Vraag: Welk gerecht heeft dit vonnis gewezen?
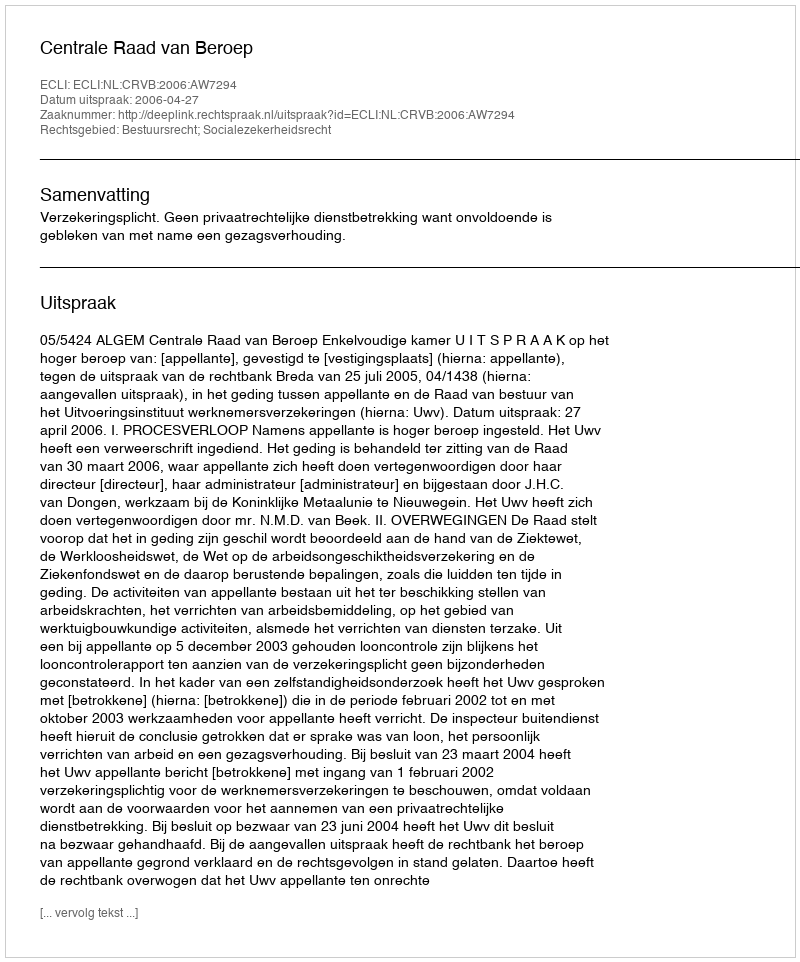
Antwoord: Centrale Raad van Beroep